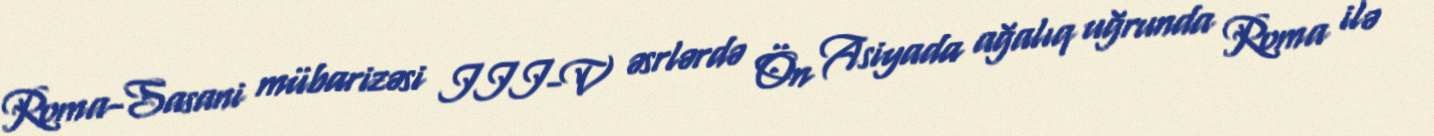
Roma-Sasani mübarizəsi III-V əsrlərdə Ön Asiyada ağalıq uğrunda Roma ilə